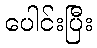
ပေါင်းပြီး